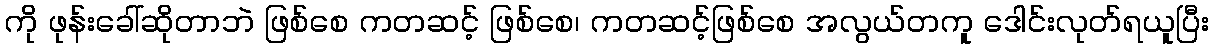
ကို ဖုန်းခေါ်ဆိုတာဘဲ ဖြစ်စေ ကတဆင့် ဖြစ်စေ၊ ကတဆင့်ဖြစ်စေ အလွယ်တကူ ဒေါင်းလုတ်ရယူပြီး